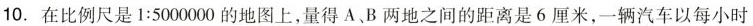
10. 在比例尺是1:5000000的地图上，量得A、B两地之间的距离是6厘米，一辆汽车以每小时